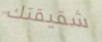
شقيقتك